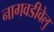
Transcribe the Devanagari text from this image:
नागवडीवेलु